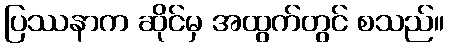
ပြဿနာက ဆိုင်မှ အထွက်တွင် စသည်။